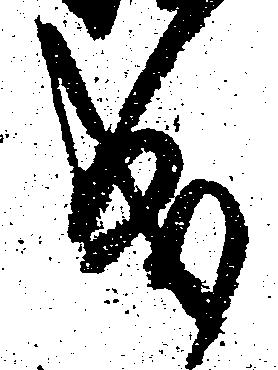
成